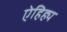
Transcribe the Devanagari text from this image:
ऐहिह्य